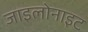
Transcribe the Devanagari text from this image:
जाइलोनाइट